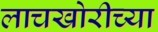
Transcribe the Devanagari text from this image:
लाचखोरीच्या